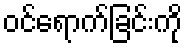
ဝင်ရောက်ခြင်းကို